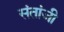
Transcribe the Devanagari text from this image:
संतांजी